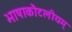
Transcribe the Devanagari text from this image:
भाषाकौटलीयम्